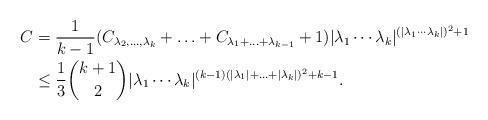
LaTeX: \begin{align*} C &= \frac{1}{k-1}(C_{\lambda_2 , \ldots , \lambda_k} + \ldots + C_{\lambda_1 + \ldots + \lambda_{k-1}} + 1)|\lambda_1 \cdots \lambda_k|^{(|\lambda_1 \cdots \lambda_k|)^2 + 1} \\&\leq \frac{1}{3} {k+1 \choose 2} |\lambda_1 \cdots \lambda_k|^{(k-1)(|\lambda_1| + \ldots + |\lambda_k|)^2 + k-1} .\end{align*}